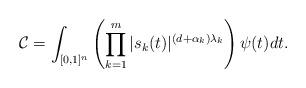
LaTeX: \begin{align*}{\mathcal C}=\int_{[0,1]^n}\left(\prod_{k=1}^m|s_k(t)|^{(d+\alpha_k)\lambda_k}\right) \psi(t)dt.\end{align*}